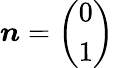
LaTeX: \boldsymbol{n}=\left(\begin{array}{l}{0}\\ {1}\end{array}\right)